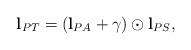
LaTeX: \begin{align*} \mathbf{l}_{PT} = \left( \mathbf{l}_{PA} + \gamma\right) \odot \mathbf{l}_{PS},\end{align*}